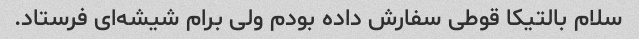
سلام بالتیکا قوطی سفارش داده بودم ولی برام شیشه‌ای فرستاد.